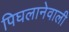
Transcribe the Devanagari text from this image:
पिघलानेवाली